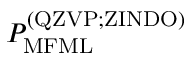
P _ { \mathrm { M F M L } } ^ { \mathrm { ( Q Z V P ; Z I N D O ) } }